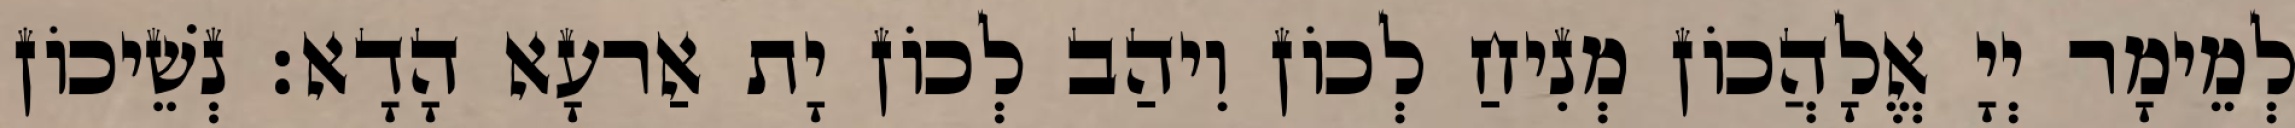
לְמֵימָר יְיָ אֱלָהֲכוֹן מְנִיחַ לְכוֹן וִיהַב לְכוֹן יָת אַרעָא הָדָא׃ נְשֵׁיכוֹן